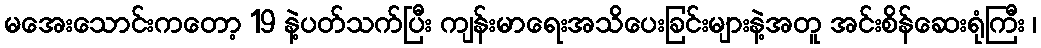
မအေးသောင်းကတော့ 19 နဲ့ပတ်သက်ပြီး ကျန်းမာရေးအသိပေးခြင်းများနဲ့အတူ အင်းစိန်ဆေးရုံကြီး ၊